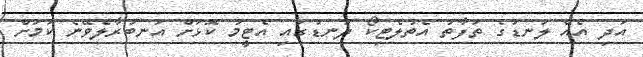
އަދި އެއް ލަނޑުގެ ތަފާތު އެތުލެޓިކޯ ދަނޑުގައި އެޓީމު ކޮޅަށް އަނބުރާލެވޭނެ ކަމަށް